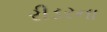
રીડરના